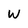
Character: W